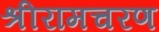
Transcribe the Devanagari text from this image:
श्रीरामचरण